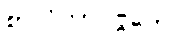
စာလိကာပဗ္ဗတေ